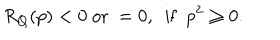
R _ { Q } ( p ) < 0 \ \mathrm { o r } \ = 0 , \ \ \mathrm { i f } \ \ p ^ { 2 } \geq 0 .